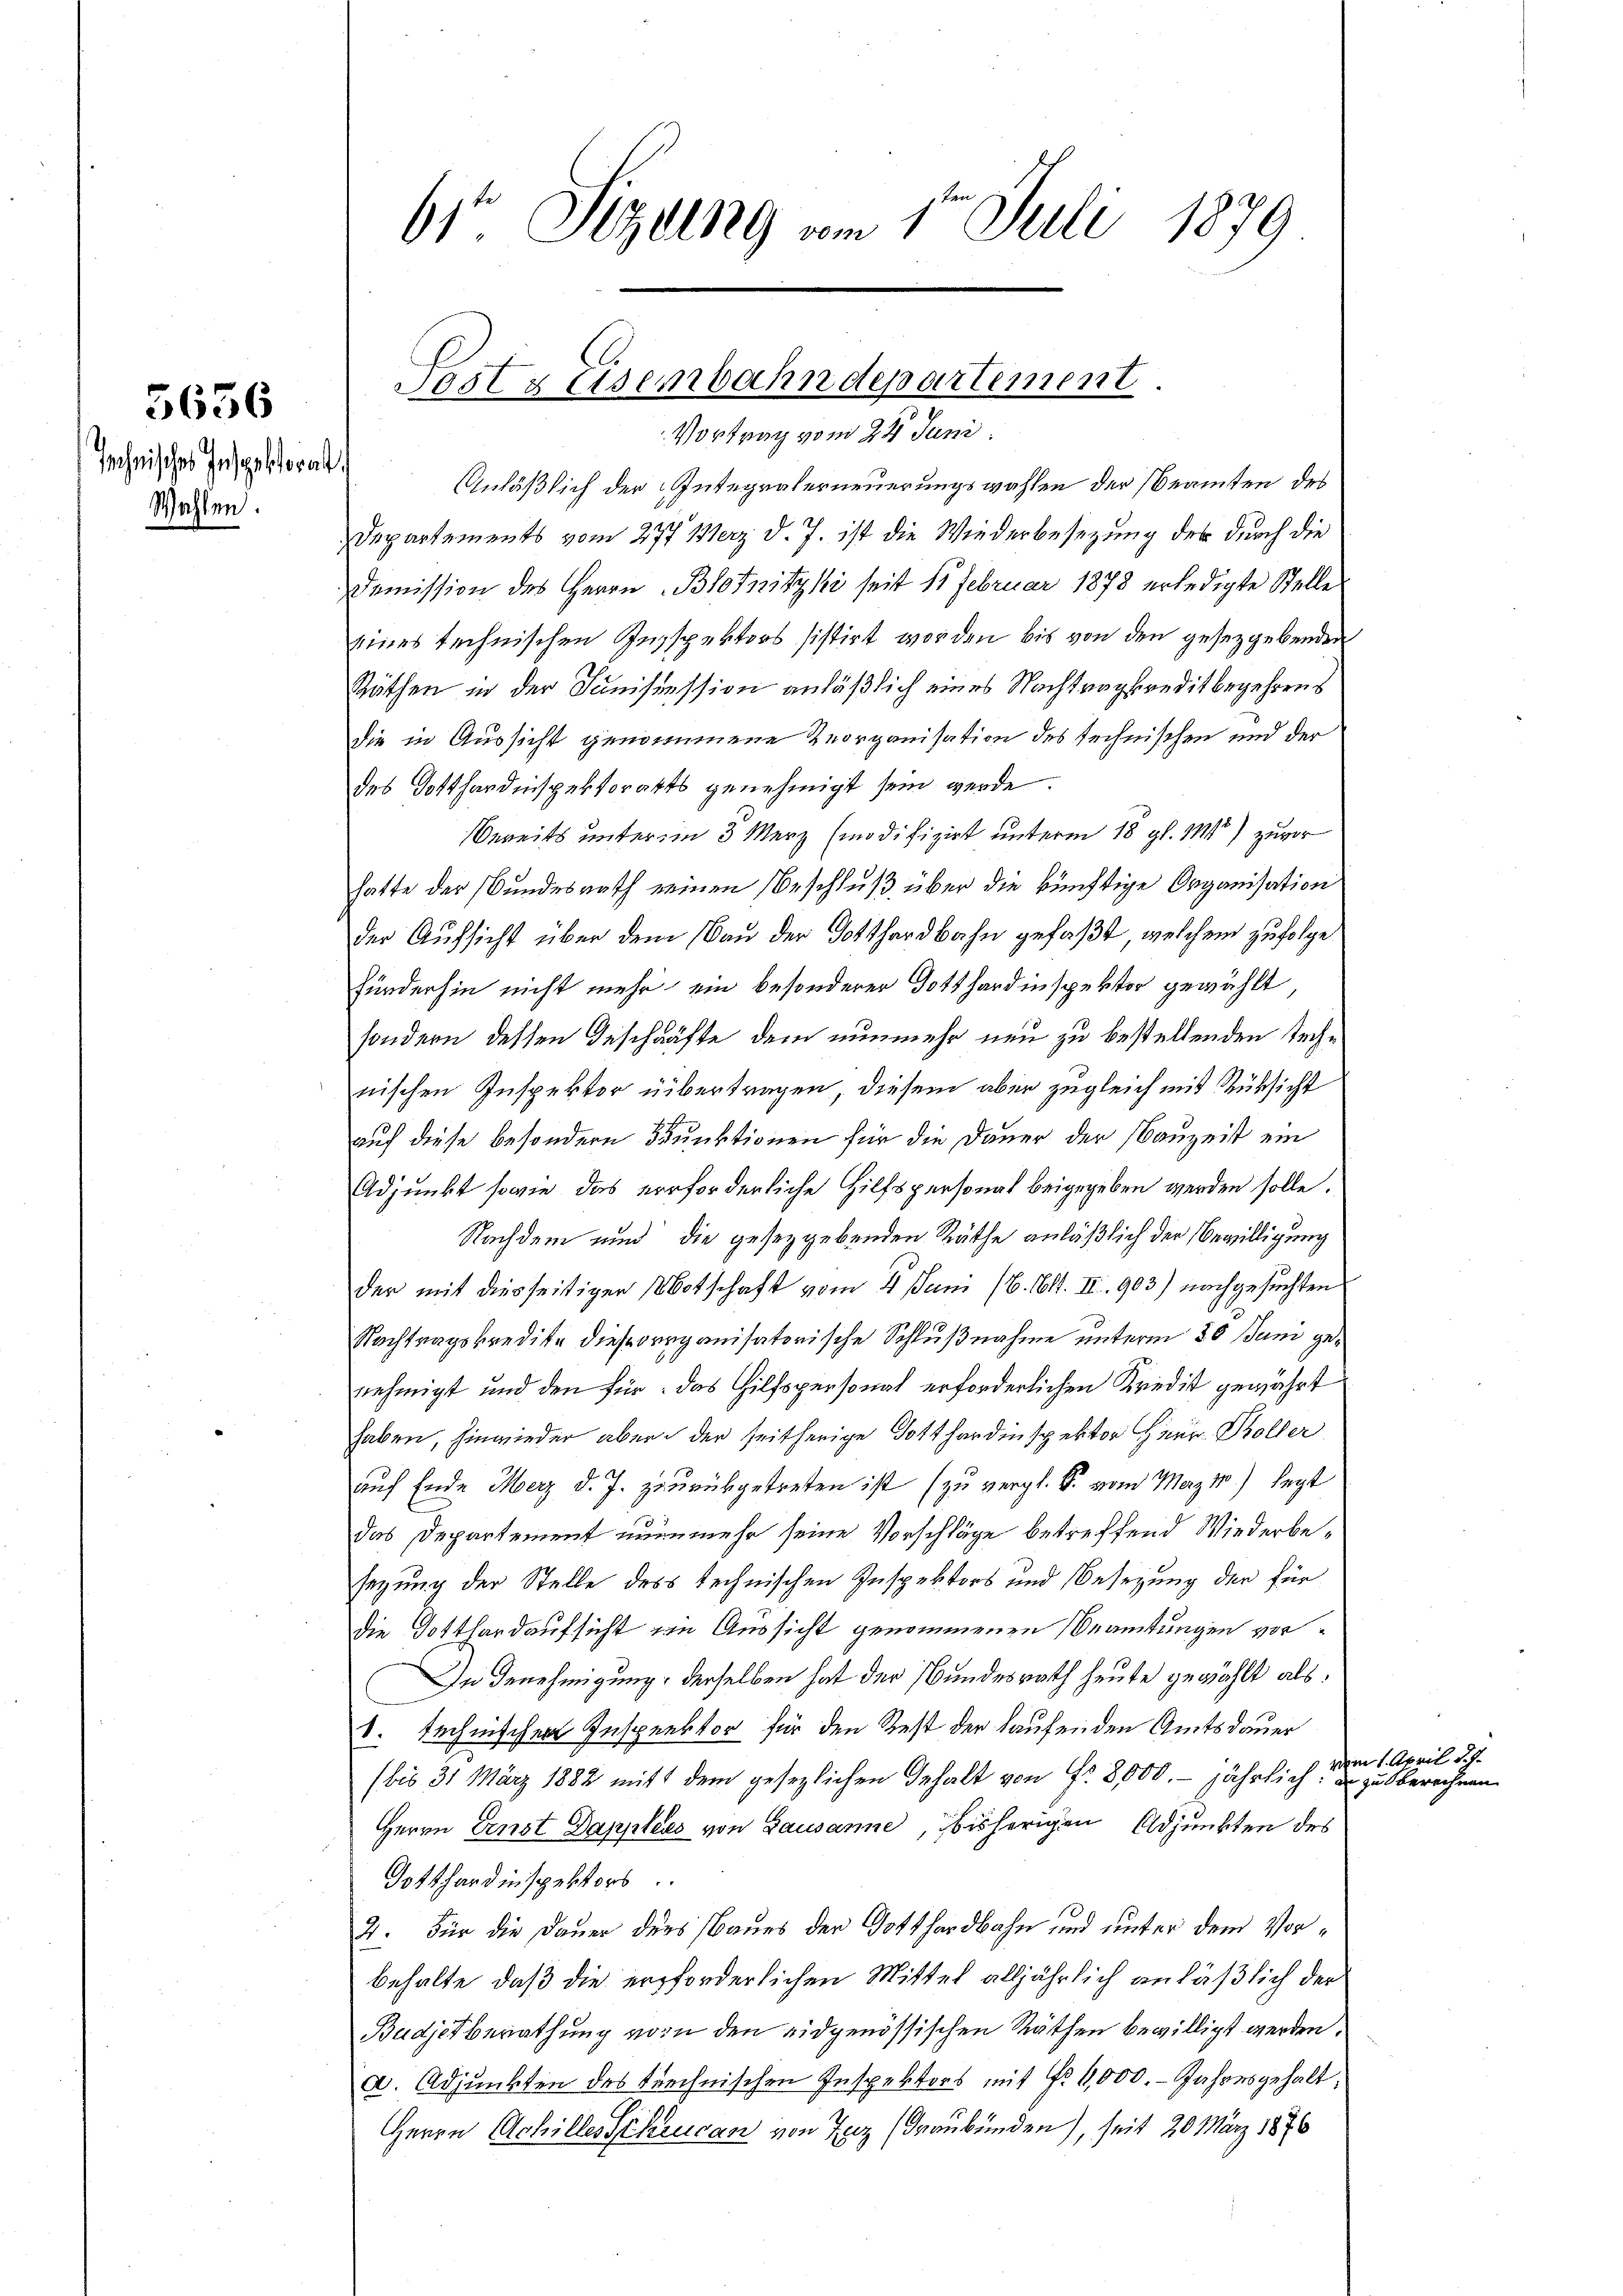
5656

Technisches Inspektoral
Wahlen.

61 Sizung vom 1ten Juli 1879

Josts Eisenbahndepartement
Vortrag vom 24. Juni.
.

Anläßlich der Interraterneuerungswahlen der Beamten des
Departements vom 277 Merz d. J. ist die Wiederbesezung der durch die
Demission des Herrn Blotnitzki seit 15 Februar 1878 erledigte Stelle
eines technischen Inspektors sistirt worden bis von den gesetzgebenden
Räthen in der Sanisiession anläßlich eines Nachtragsreditbegehrens
die in Aussicht genommene Reorganisation des technischen und der
des Totthardinspektorats genehmigt sein werde.
Bereits unter im 3 Merz (modifizirt unterm 18 gl. 111) zuvor
hatte der Bundesrath einen Beschluß über die künftige Organisation
der Aufsicht über dem Bau der Gotthardbahn gefaßt, welchem zufolge
fünderhin nicht mehr ein besonderer Gotthardinspektor gewählt,
sondern dessen Geschäfte dem nunmehr neu zu bestellenden Technischen Inspektor übertragen, diesem aber zugleich mit Rüksicht
auf diese besondern Funktionen für die Dauer der Bauzeit ein
Adjunkt sowie das verforderliche Hilfspersonat beigegeben werden solle.
Nachdem und die gesetzgebenden Räthe anläßlich der Bewilligung
der mit diesseitigen Botschaft vom 4. Juni 16. 611. II. 903) nachgesuchten
Nachtragskredite dieserorganisatorische Schlußnahme unterm 30 Juni genehmigt und den für das Hilfspersonal erforderlichen Kredit gewährt
haben, hinwieder aber der seitherige Gotthardinspektor Herr Boller
auf Ende Merz d. J. zurükgetreten ist (zu vergl. S. vom May 18) legt
das Departement nunmehr seine Vorschläge betreffend Wiederbesezung der Stelle des technischen Inspektors und Besetzung der für
die Gotthardaufsicht von Aussicht genommenen Beamtungen vor¬
In Genehmigung, derselben hat der Bundesrath heute gewählt als
1. Technischen Inspektor für den Rest der laufenden Amtsdauer
(bis 31 März 1882 mit dem gesezlichen Gehalt von Fr. 8000. jährlich. u.
Herrn Ernst Dapplers von Lausanne, bisherigen Adjunkten des
Gotthardinspektors
2. Für die Dauer ders Baues der Gotthardbahn und unter dem Vorbehalte, daß die erforderlichen Mittel alljährlich anläßlich der
Budjetberathung vor den eidgenössischen Räthen bewilligt werden.
a. Adjunkten des trechnischen Inspektors mit No 6,000. Jahresgehalt,
Herrn Achilles Schingan von Tag (Graubünden), seit 20 März 1876

vom 1. April d. h.
zu berechnen.